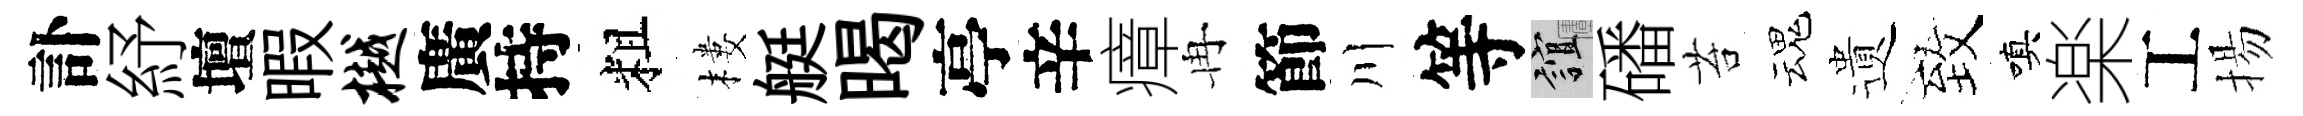
訃紓壇暇樾廣持粗樓艇暍亭辛瘴冉節川等誼磻苔魂遺致嗔楽工揚